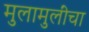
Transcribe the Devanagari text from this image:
मुलामुलींचा